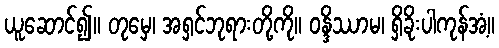
ယူဆောင်၍။ တုမှေ၊ အရှင်ဘုရားတို့ကို။ ဝန္ဒိဿာမ၊ ရှိခိုးပါကုန်အံ့။